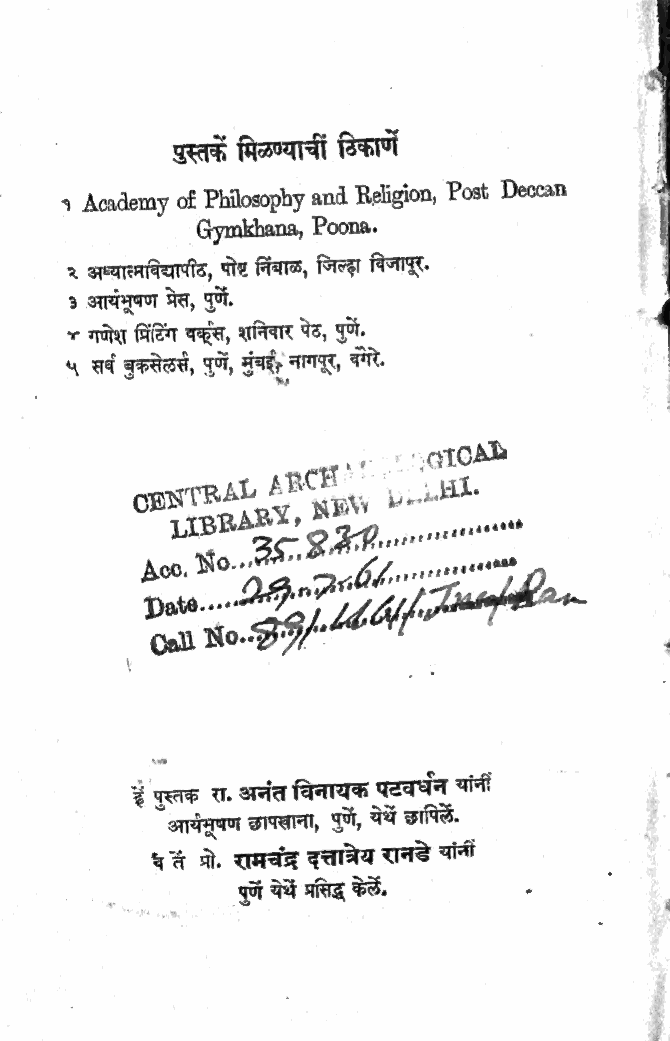
पुस्तकें मिळण्याची ठिकाणे
 + Academy of Philosophy and Religion, Post Deccan
 Gymkhana, Poona
 २ अध्यास्माविद्यापीठ, पोष्ट निंबाळ, जिल्ह्या विजापूर,
 3 आयंभूषण प्रेस, पुणे.
 + गणेश प्रिंटिंग वर्कूस, शनिवार पेठ, पुणें
 ५ सर्व बुकसेलर्स, पुणे, मुंबई; नागपूर, वगरे.
 ११
 १ह े
 WNTR TE yL ,A RCE NM R
 E
 N1 Dr
 300, No ११  ९ 2
 ,07  21 4“
 ५ 2.
 Date..." 229 वग
 र्यP N   s
 छ्या 1३०छि2/
 हुं पस्तक रा. अनंत विनायक पटवधन यांनीं
 आर्यमषण छापखाना, पुणें, येथें छापिलें
 ध तं प्रो. रामचंद्र दत्तात्रेय रानडे यांनीं
 पुणे येथें प्रसिद्ध केलें.